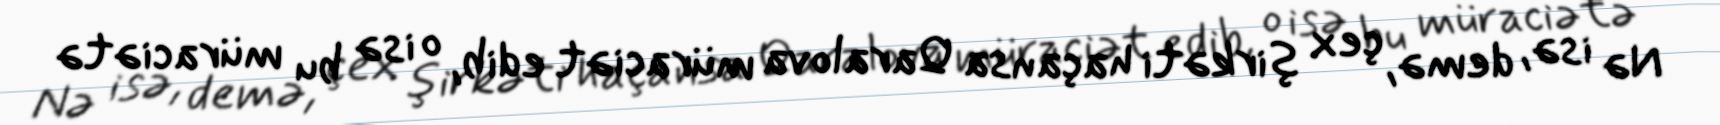
Nə isə, demə, çex şirkəti haçansa Qaralova müraciət edib, o isə bu müraciətə